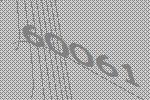
60061